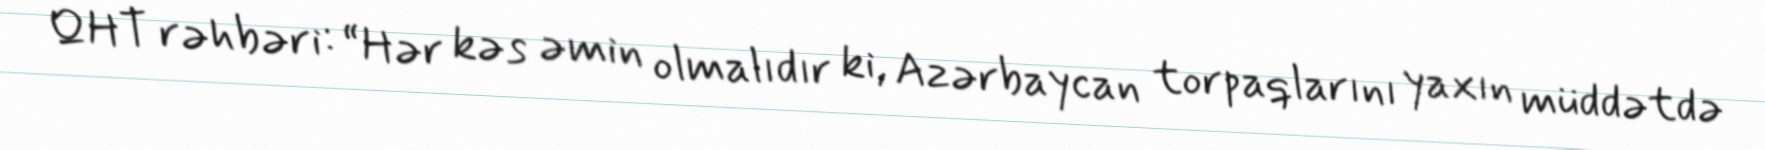
QHT rəhbəri: “Hər kəs əmin olmalıdır ki, Azərbaycan torpaqlarını yaxın müddətdə